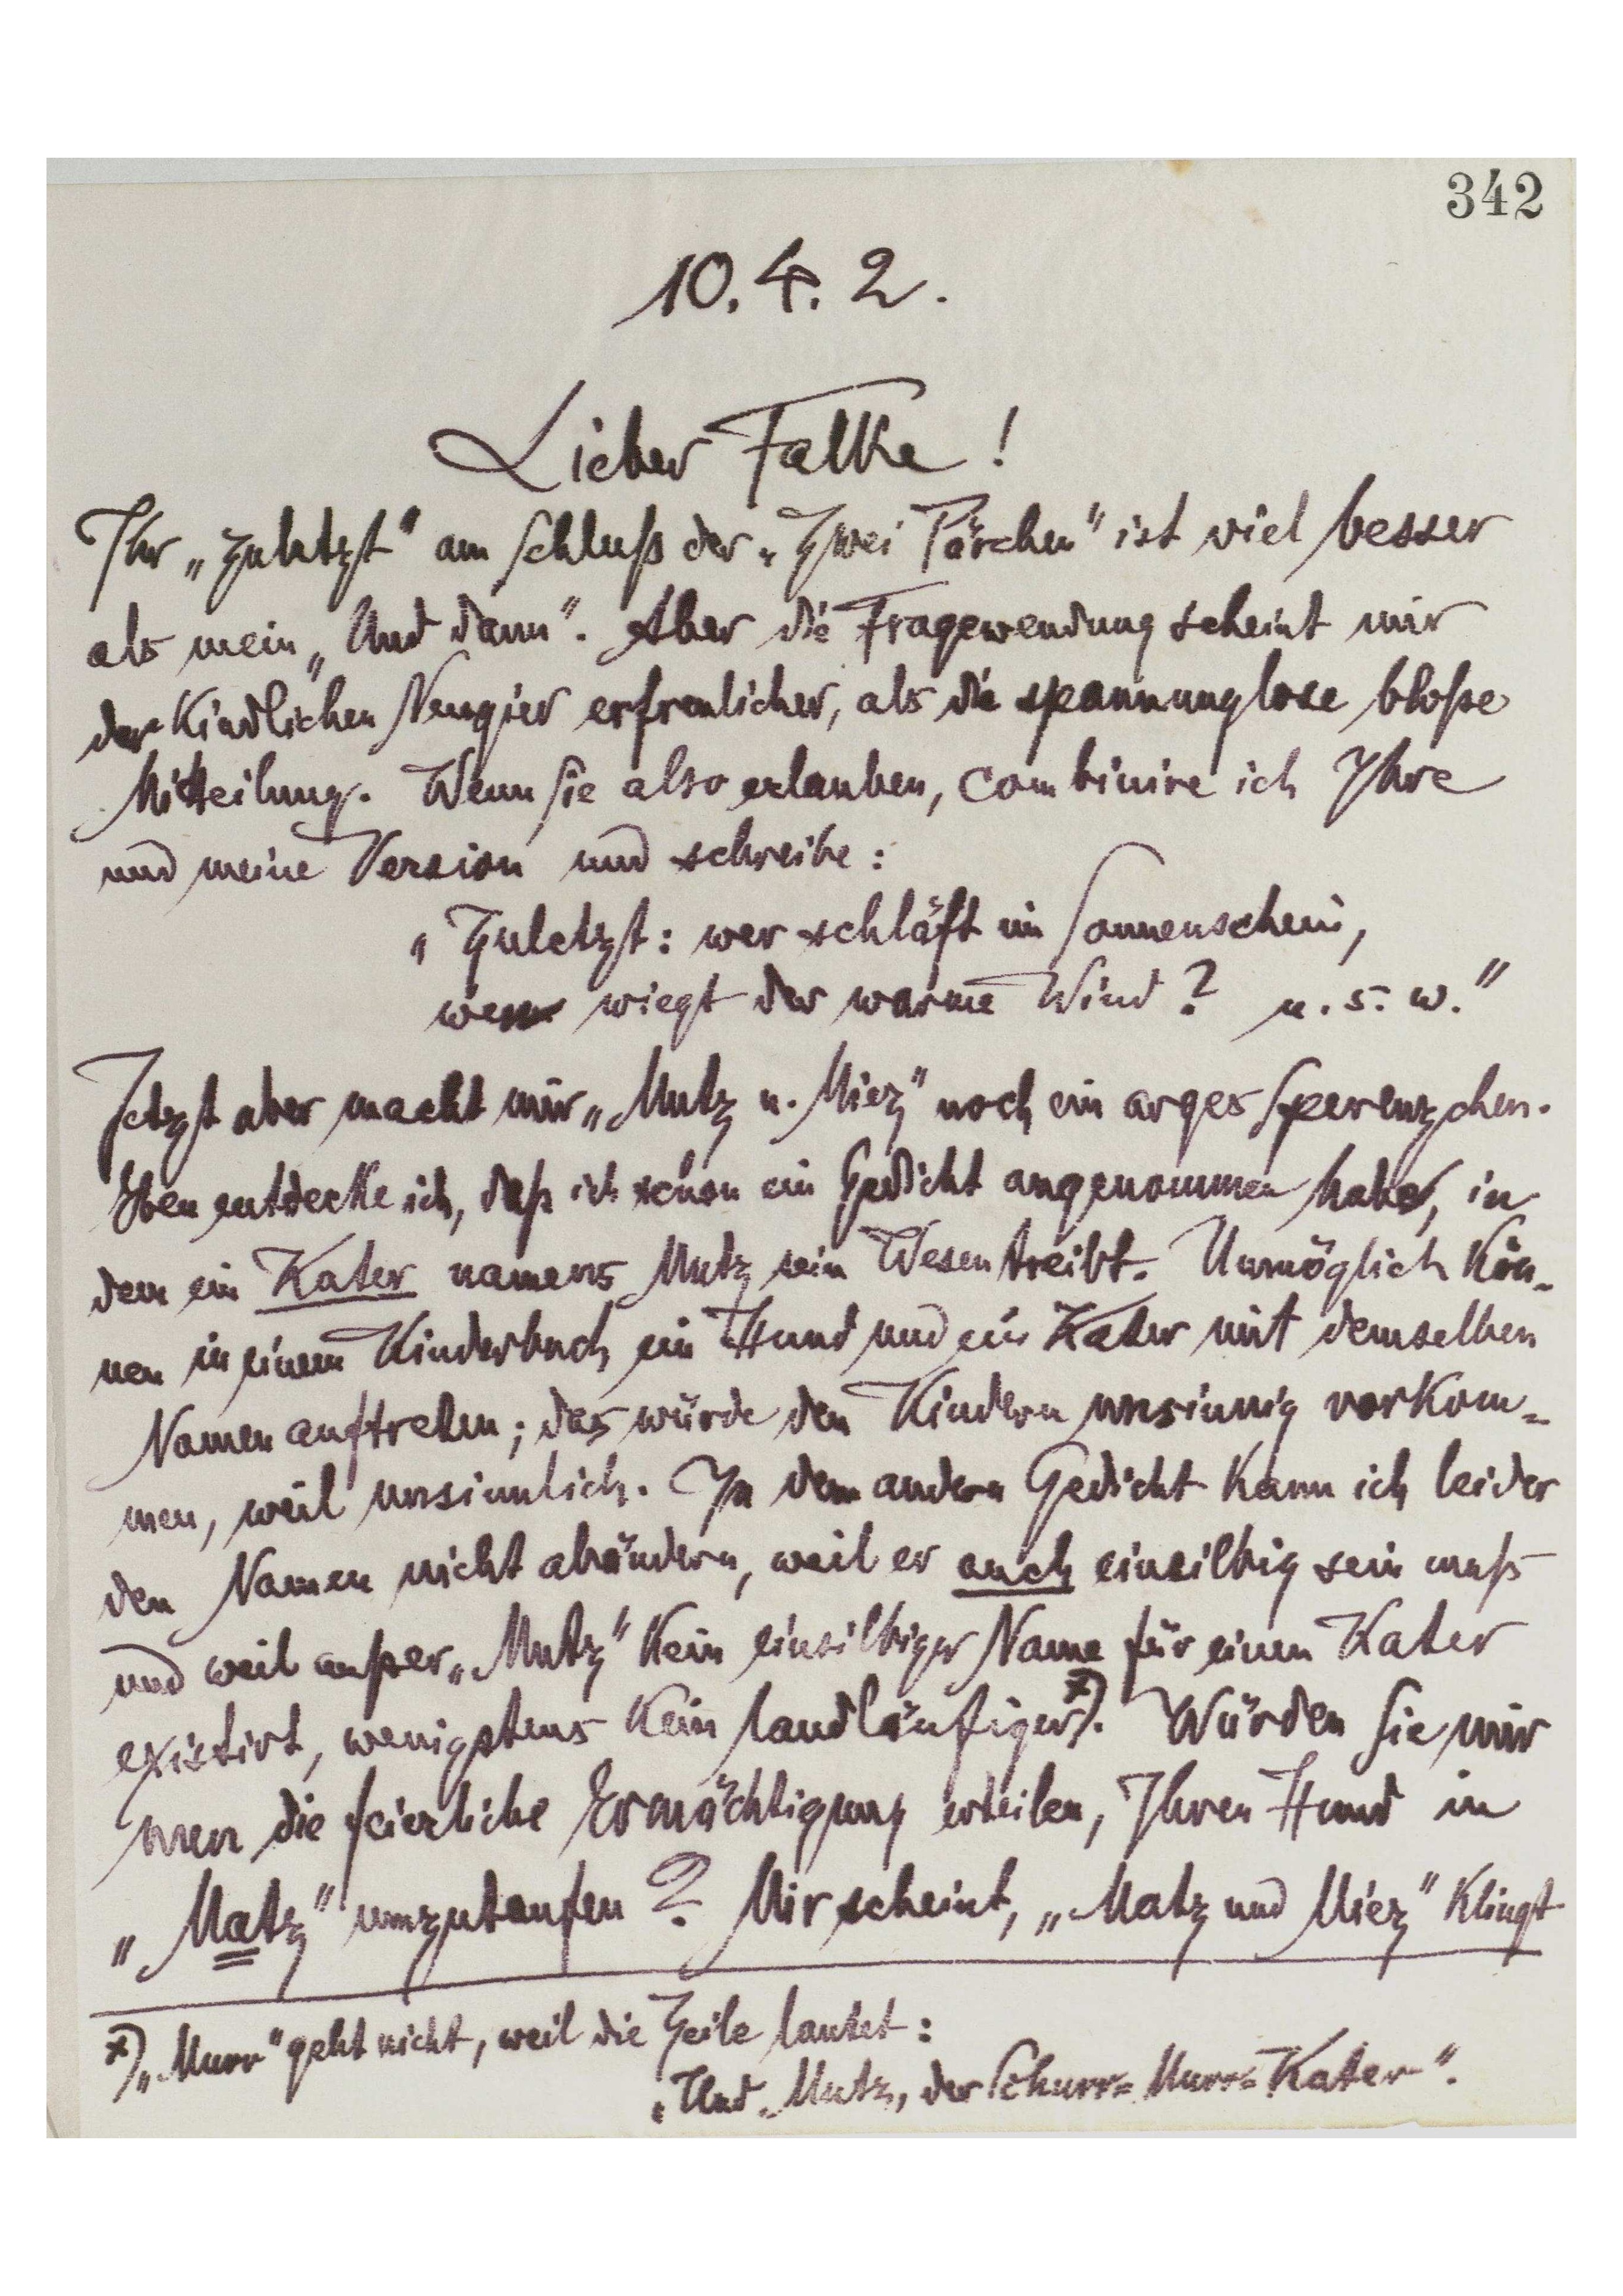
342
10.4.2.
Lieber Falke!
Ihr „zuletzt‟ am Schluß der „Zwei Pärchen‟ ist viel besser
als mein „Und dann‟. Aber die Fragewendung scheint mir
der kindlichen Neugier erfreulicher, als die spannungslose bloße
Mitteilung. Wenn Sie also erlauben, combiniere ich Ihre
und meine Version und schreibe:
„Zuletzt: wer schläft im Sonnenschein,
wen wiegt der warme Wind?  u.s.w.‟
Jetzt aber macht mir „Mutz u. Miez‟ noch ein arges Sperenzchen.
Eben entdecke ich, daß ich schin ein Gedicht angenommen habe, in
dem ein Kater namens Mutz sein Wesen treibt. Unmöglich kön_
nen in einem Kinderbuch ein Hund und ein Kater mit demselben
Namen auftreten; das würde den Kindern unsinnig vorkom_
men, weil unsinnlich. In dem andern Gedicht kann ich leider
den Namen nicht abändern, weil er auch einsilbig sein muß -
und weil außer „Mutz‟ kein einsilbiger Name für einen Kater
existiert, wenigstens kein landläufigerx). Würden Sie mir
nun die feierliche Ermächtigung erteilen, Ihren Hund in
„Matz‟ umzutaufen? Mir scheint, „Matz und Miez‟ klingt
x) „Murr‟ geht nicht, weil die Zeile lautet:
„Und Mutz, der Schnurr=Murr=Kater‟.